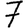
Digit: 7